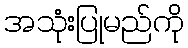
အသုံးပြုမည်ကို